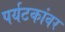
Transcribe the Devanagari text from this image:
पर्यटकांवर